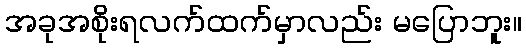
အခုအစိုးရလက်ထက်မှာလည်း မပြောဘူး။